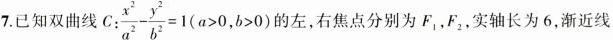
7.已知双曲线 $$C : \frac { x ^ { 2 } } { a ^ { 2 } } - \frac { y ^ { 2 } } { b ^ { 2 } } = 1 ( a > 0 , b > 0$$ 的左，右焦点分别为F，F5，实轴长为6，渐近线